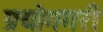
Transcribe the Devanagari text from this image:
प्रयोगगरी